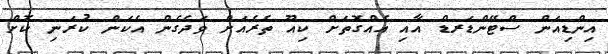
އިންޑިއަން ސްޓޭންޑަރޑް އާއި އެއްގޮތަށް ކިއޫ ތެރެއަށް ވަދެގެން އެކަން ކުރަނި ކޮށް